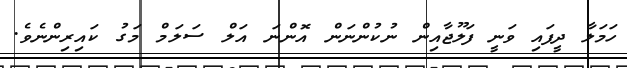
ހަމަލާ ދީފައި ވަނީ ފަލޫޖާއިން ނުކުންނަން އޮންނަ އަލް ސަލަމް މަގު ކައިރިންނެވެ.